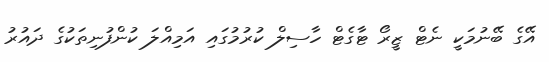
އޭގެ ބޭނުމަކީ ނެޓް ޒީރޯ ޓާގެޓް ހާސިލް ކުރުމުގައި އަމިއްލަ ކުންފުނިތަކުގެ ދައުރު